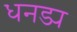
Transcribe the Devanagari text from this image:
धनड्य